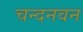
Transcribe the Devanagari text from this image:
चन्दनवन